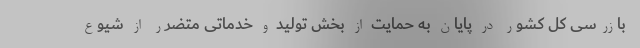
بازرسی کل کشور در پایان به حمایت از بخش تولید و خدماتی متضرر از شیوع